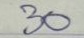
30